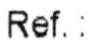
REF.: